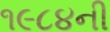
૧૯૮૪ની